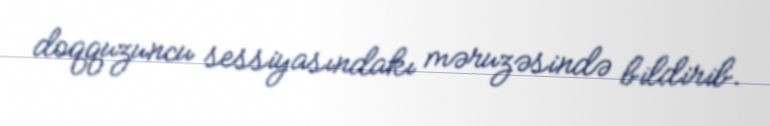
doqquzuncu sessiyasındakı məruzəsində bildirib.